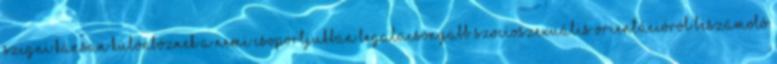
szigniﬁkánsan különböznek a nemi csoportjukban legalacsonyabb szocioszexuális orientációról beszámoló